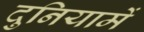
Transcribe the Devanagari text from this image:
दुनियामें